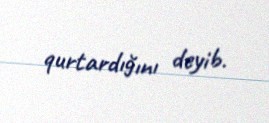
qurtardığını deyib.